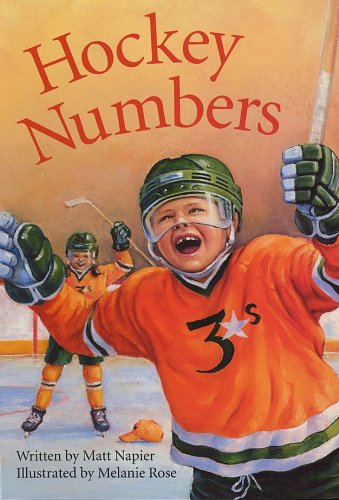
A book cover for Hockey Numbers (Sports); Matt Napier; Children's Books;